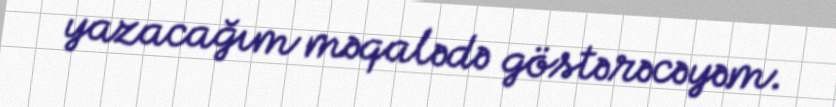
yazacağım məqalədə göstərəcəyəm.